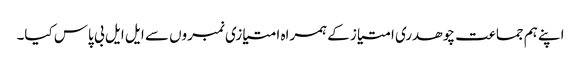
اپنے ہم جماعت چوھدری امتیاز کے ہمراه امتیازی نمبروں سے ایل ایل بی پاس کیا۔